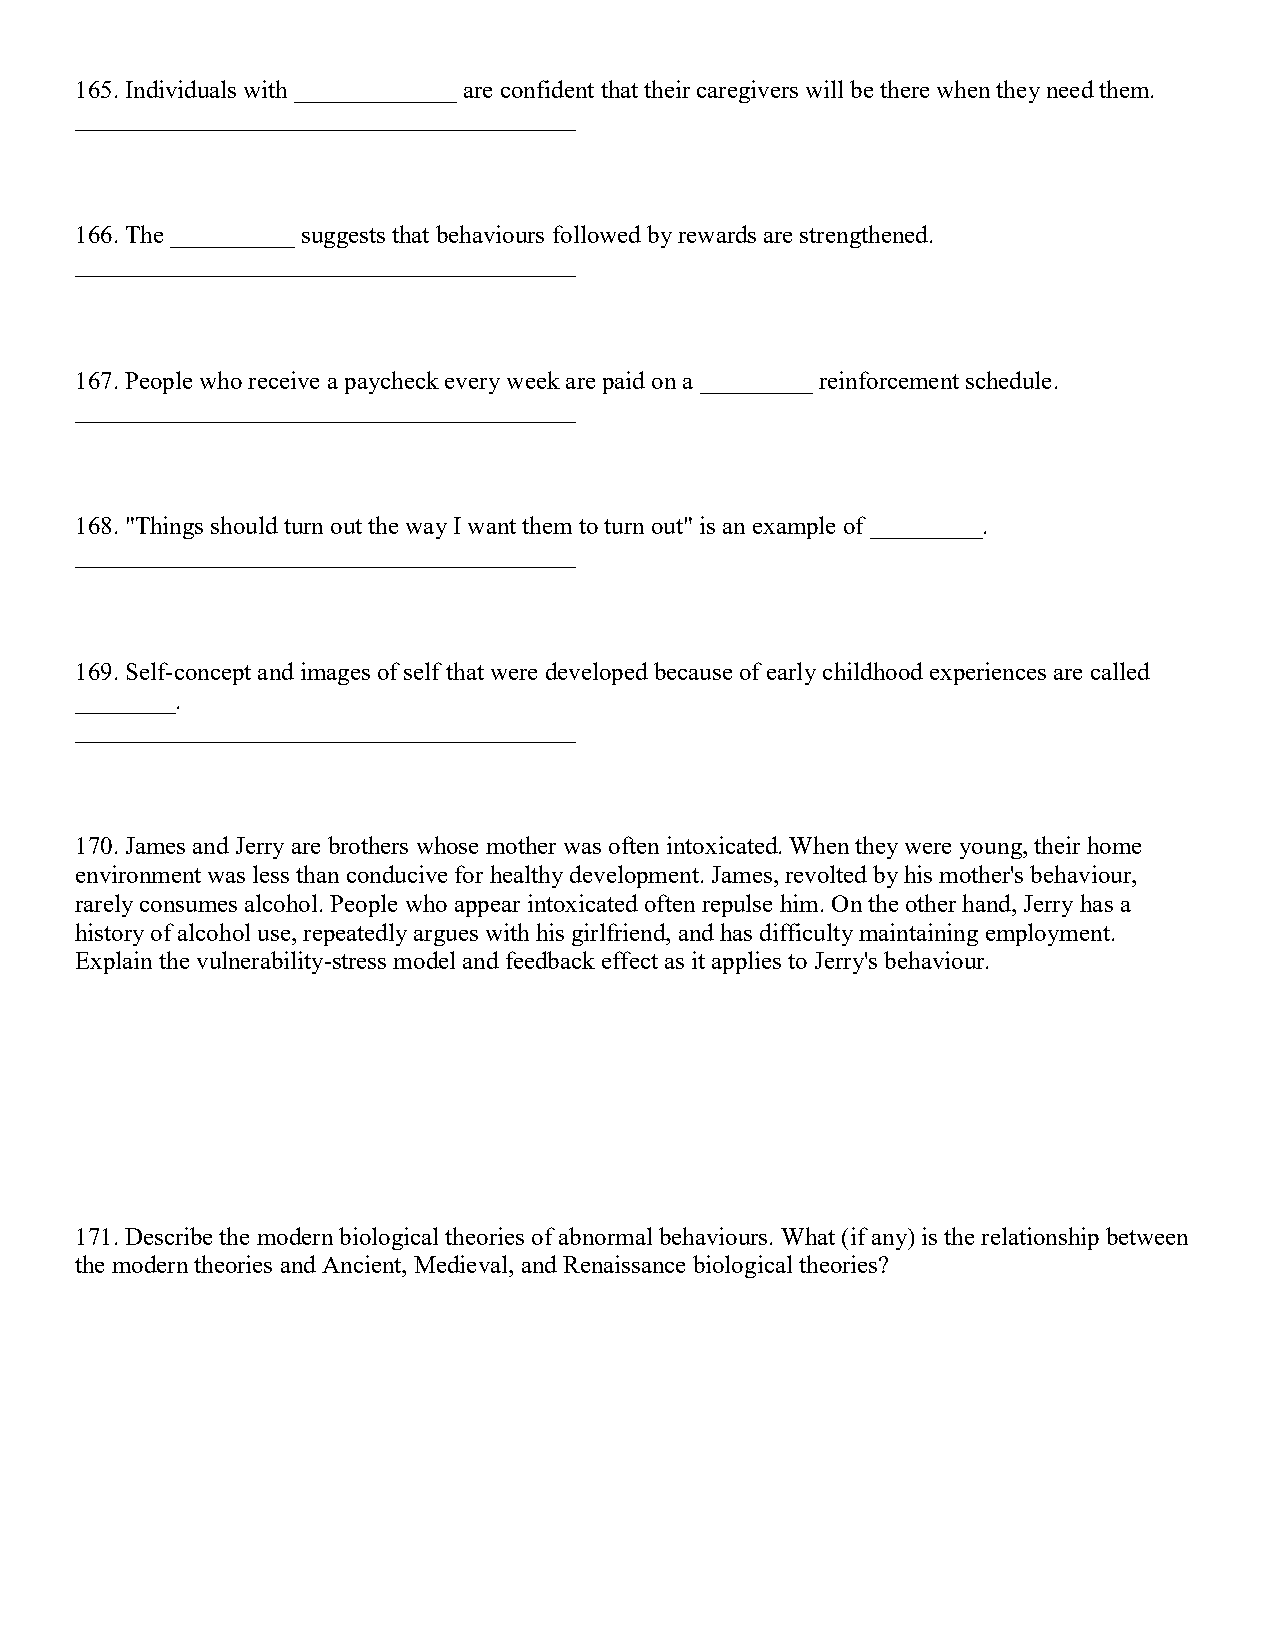
165. Individuals with _____________ are confident that their caregivers will be there when they need them.
 ________________________________________
 166. The __________ suggests that behaviours followed by rewards are strengthened.
 ________________________________________
 167. People who receive a paycheck every week are paid on a _________ reinforcement schedule.
 ________________________________________
 168. "Things should turn out the way I want them to turn out" is an example of _________.
 ________________________________________
 169. Self-concept and images of self that were developed because of early childhood experiences are called
 ________.
 ________________________________________
 170. James and Jerry are brothers whose mother was often intoxicated. When they were young, their home
 environment was less than conducive for healthy development. James, revolted by his mother's behaviour,
 rarely consumes alcohol. People who appear intoxicated often repulse him. On the other hand, Jerry has a
 history of alcohol use, repeatedly argues with his girlfriend, and has difficulty maintaining employment.
 Explain the vulnerability-stress model and feedback effect as it applies to Jerry's behaviour.
 171. Describe the modern biological theories of abnormal behaviours. What (if any) is the relationship between
 the modern theories and Ancient, Medieval, and Renaissance biological theories?